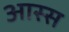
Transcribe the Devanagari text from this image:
आस्स